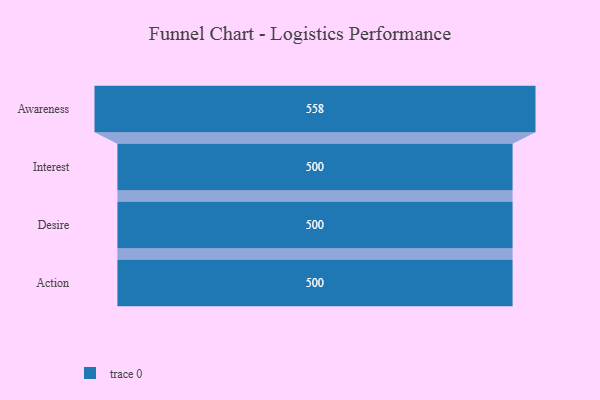
{"axis": {"x": "Stage", "y": "Value"}, "legend": [""], "data": [{"x": "Awareness", "y": 558.0, "type": ""}, {"x": "Interest", "y": 500, "type": ""}, {"x": "Desire", "y": 500, "type": ""}, {"x": "Action", "y": 500, "type": ""}]}